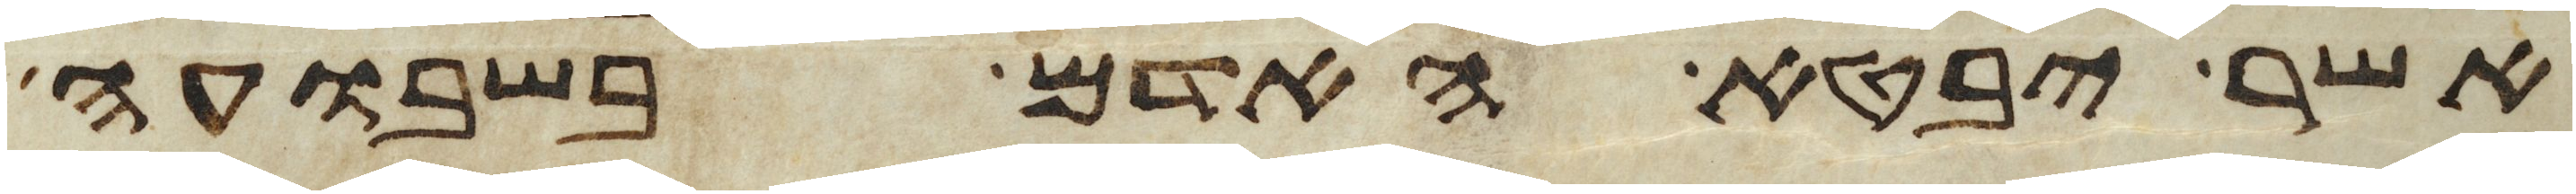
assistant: אשר יבטא האדם בשבועה